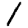
Digit: 1